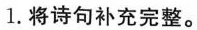
1.将诗句补充完整。